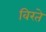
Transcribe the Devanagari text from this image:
विरते